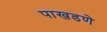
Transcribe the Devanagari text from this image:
पाखडणे